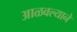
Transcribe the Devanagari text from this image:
आळवल्याने